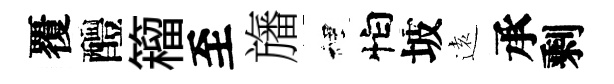
覆醴籕至旛裡怕坡逺承剩